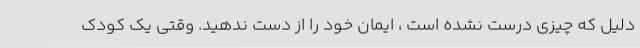
دلیل که چیزی درست نشده است ، ایمان خود را از دست ندهید. وقتی یک کودک